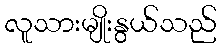
လူသားမျိုးနွယ်သည်